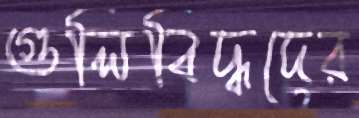
গুলিবিদ্ধদের